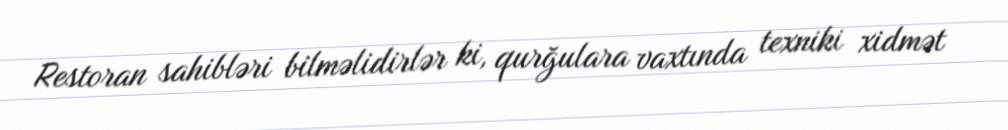
Restoran sahibləri bilməlidirlər ki, qurğulara vaxtında texniki xidmət